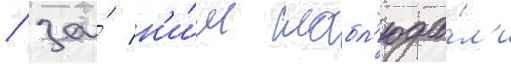
/ за́ н'и́м набл'юда́л'и